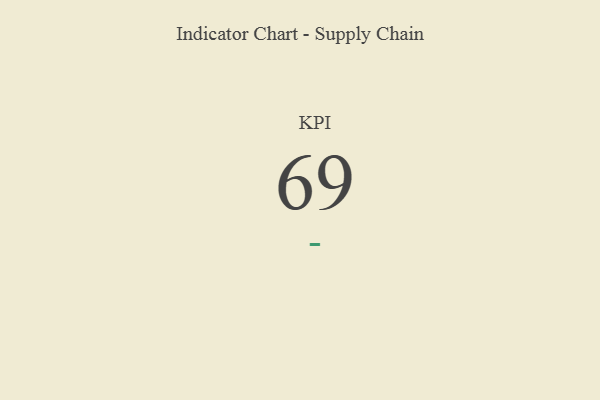
{"axis": {"x": "KPI", "y": "Value"}, "legend": [""], "data": [{"x": "KPI", "y": 69, "type": ""}]}